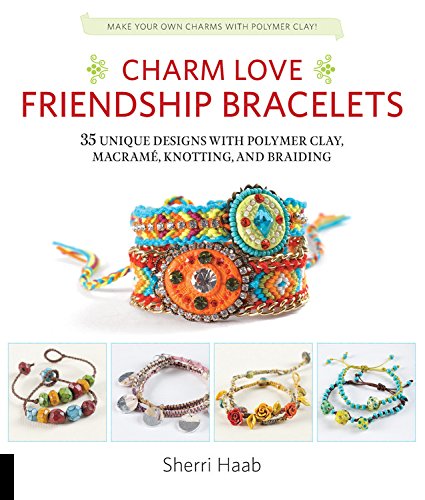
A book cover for Charm Love Friendship Bracelets: 35 Unique Designs with Polymer Clay, Macrame, Knotting, and Braiding * Make your own charms with polymer clay!; Sherri Haab; Crafts, Hobbies & Home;